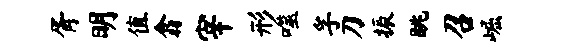
胥明值翕宰形噬孚刀振眺召崛